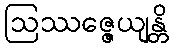
ဩဿဇ္ဇေယျန္တိ